Tartu_pedagoogiumi_aruanded, lk 9
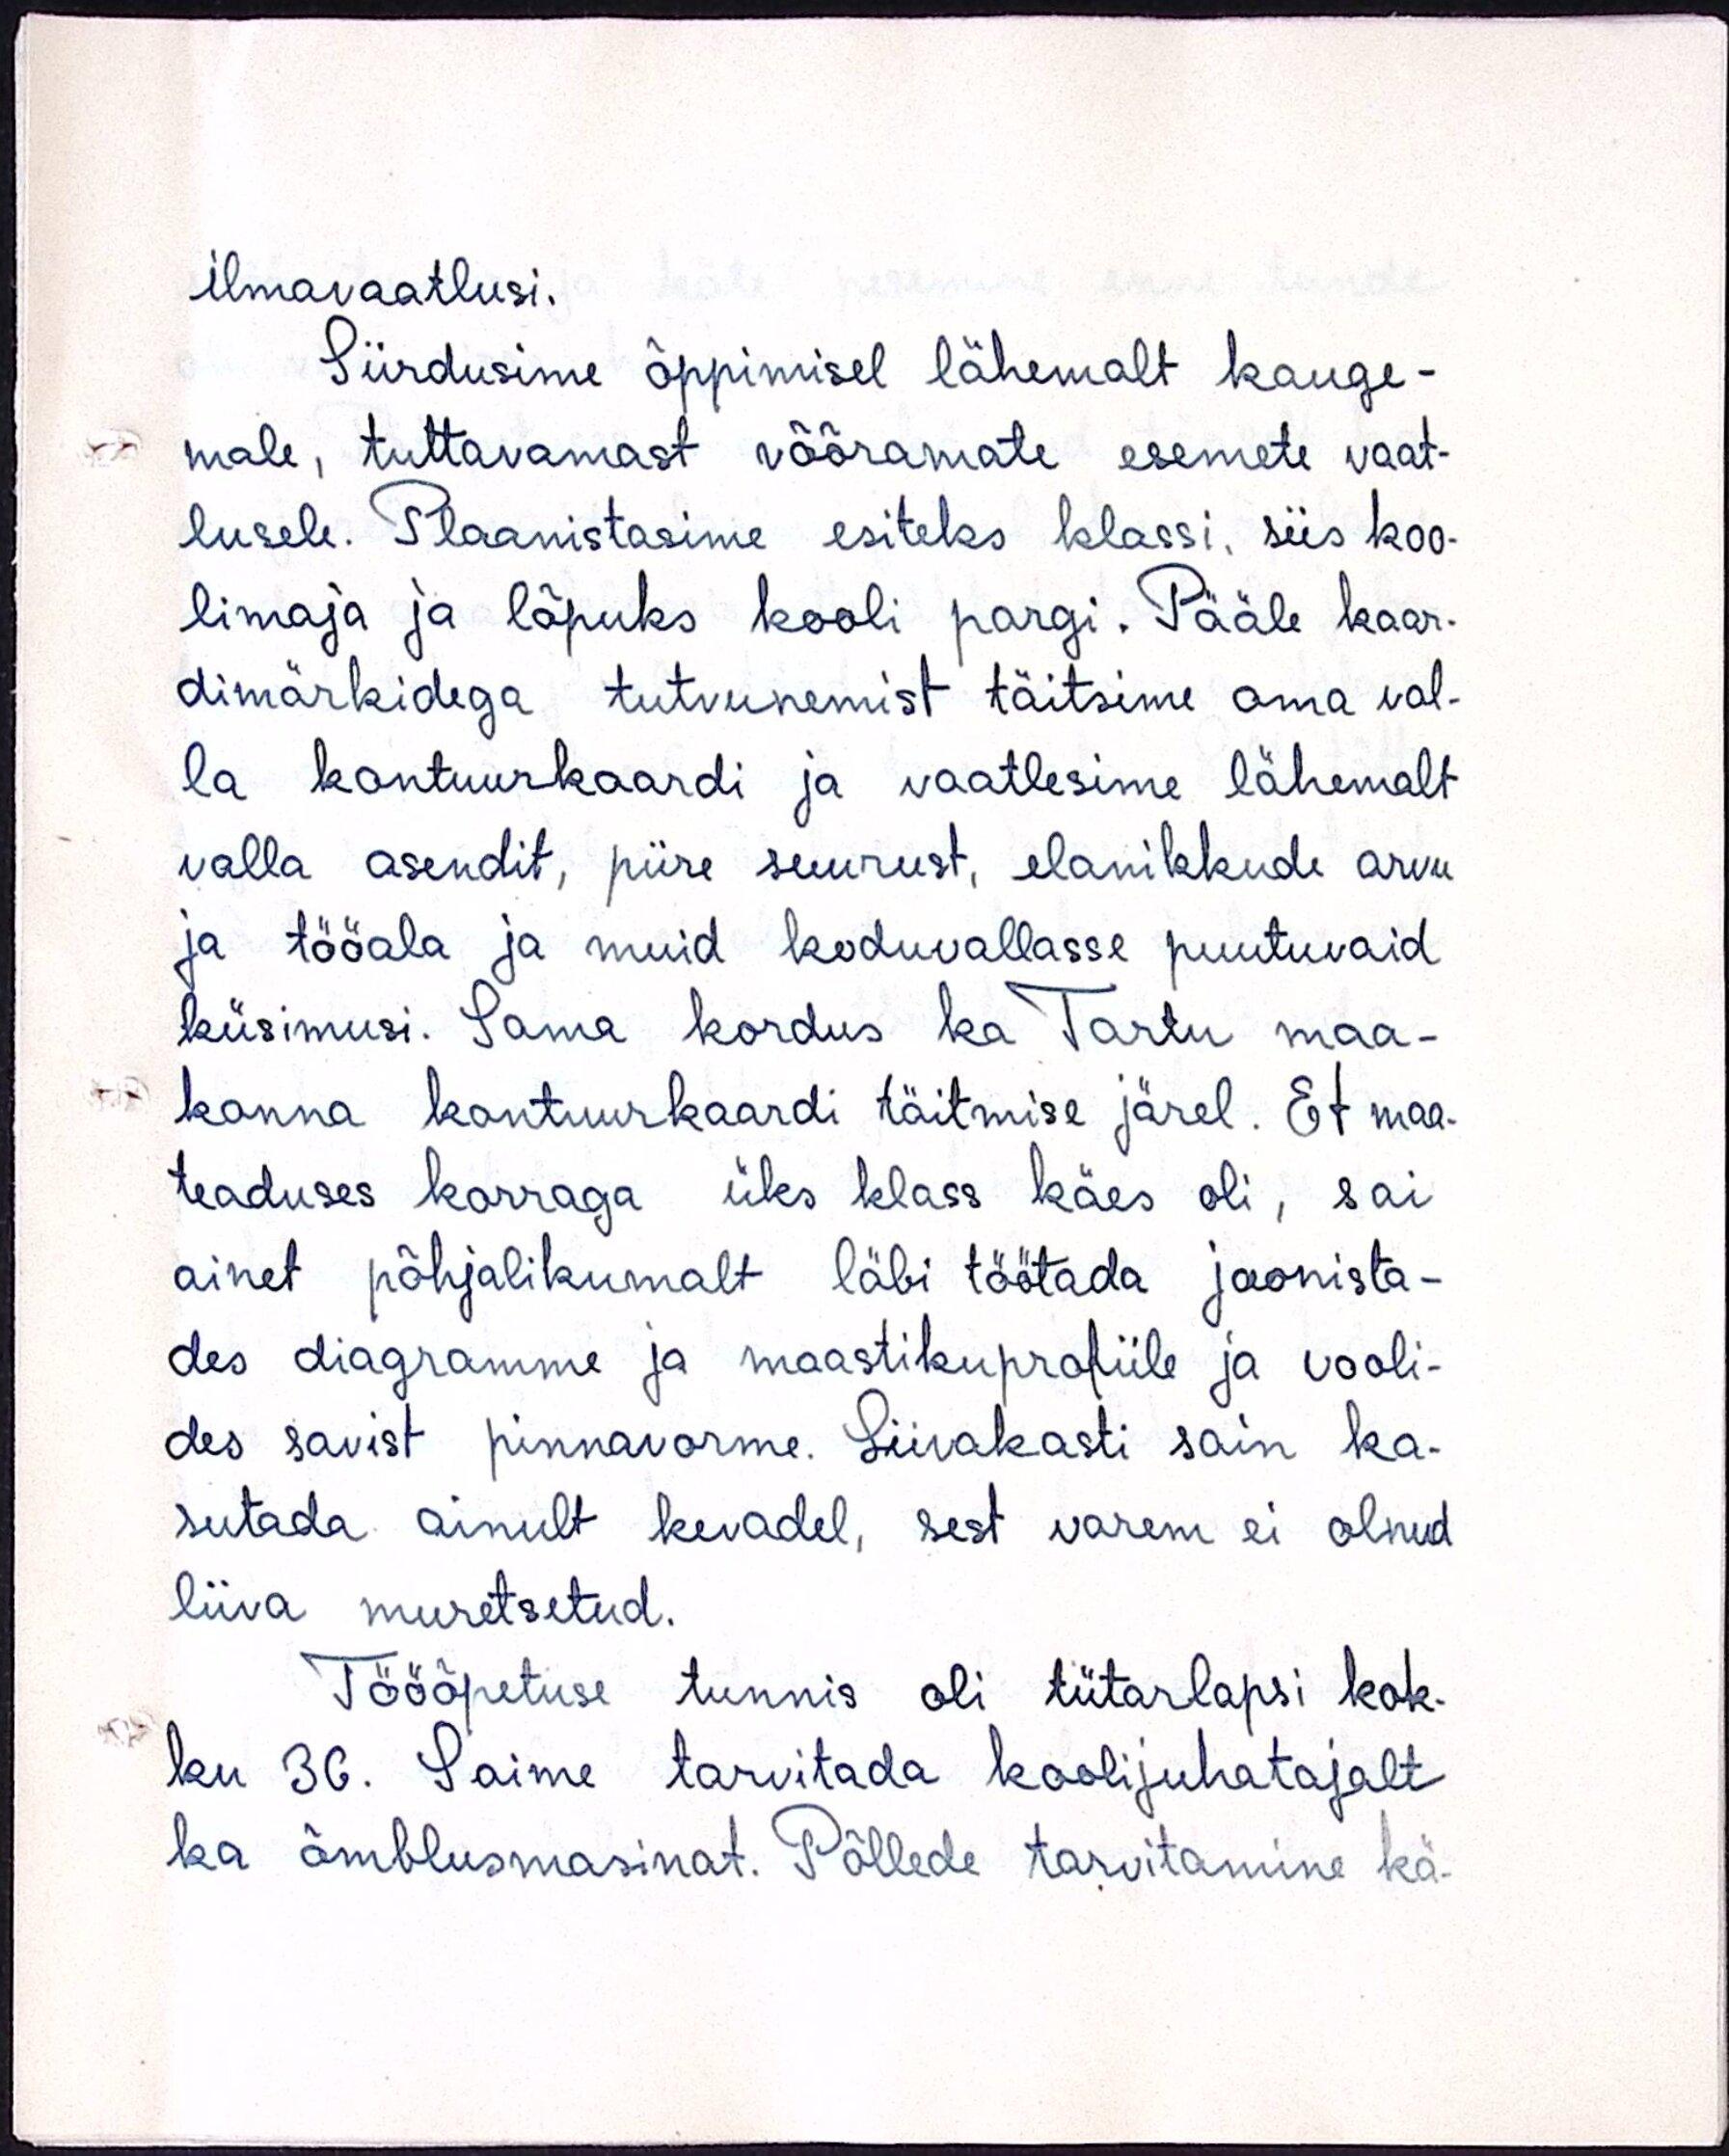
ilmavaatlusi.
Siirdusime õppimisel lähemalt kauge-
male, tuttavamast võõramate esemete vaat-
lusele. Plaanistasime esiteks klassi, siis koo-
limaja ja lõpuks kooli pargi. Pääle kaar-
dimärkidega tutvunemist täitsime oma val-
la kontuurkaardi ja vaatlesime lähemalt
valla asendit, piire suurust, elanikkude arvu
ja tööala ja muid koduvallasse puutuvaid
küsimusi. Sama kordus ka Tartu maa-
konna kontuurkaardi täitmise järel. Et maa-
teaduses korraga üks klass käes oli, sai
ainet põhjalikumalt läbi töötada joonista-
des diagramme ja maastikuprofiile ja vooli-
des savist pinnavorme. Liivakasti sain ka-
sutada ainult kevadel, sest varem ei olnud
liiva muretsetud.
Tööõpetuse tunnis oli tütarlapsi kok-
ku 36. Saime tarvitada koolijuhatajalt
ka õmblusmasinat. Põllede tarvitamine kä-